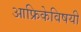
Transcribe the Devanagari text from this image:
आफ्रिकेविषयी